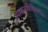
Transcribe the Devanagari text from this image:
उपासनविधिश्चोक्तः